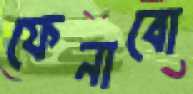
ফেনাবো